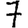
Digit: 7